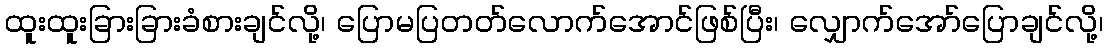
ထူးထူးခြားခြားခံစားချင်လို့၊ ပြောမပြတတ်လောက်အောင်ဖြစ်ပြီး၊ လျှောက်အော်ပြောချင်လို့၊